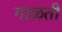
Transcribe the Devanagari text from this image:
गाळती